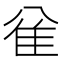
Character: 𱁅